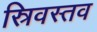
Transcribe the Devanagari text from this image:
स्रिवस्तव